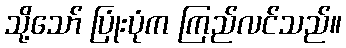
သို့သော် ပြုံးပုံက ကြည်လင်သည်။